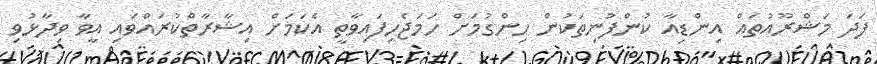
ފަދަ މަޝްރޫއުތައް އިންޑިއާ ކުންފުނިތަކުން ހިންގުމަށް ހަމަޖެހިފައިވާތީ އެކަމަށް އިޝާރާތްކުރައްވައި އީވާ ވިދާޅުވި